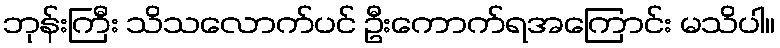
ဘုန်းကြီး သိသလောက်ပင် ဦးကောက်ရအကြောင်း မသိပါ။